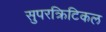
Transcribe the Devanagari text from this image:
सुपरक्रिटिकल